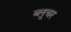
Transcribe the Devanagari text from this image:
ब्लूचर